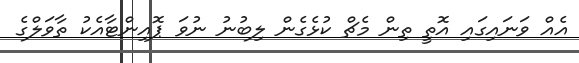
އެއް ވަނައިގައި އޮތީ ތިން މެޗް ކުޅެގެން ލިބުނު ނުވަ ޕޮއިންޓާއެކު ތާވަލްގެ